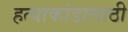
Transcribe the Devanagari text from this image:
हत्याकांडासाठी